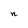
Character: n